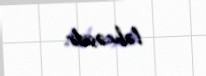
ləhcəsidir.